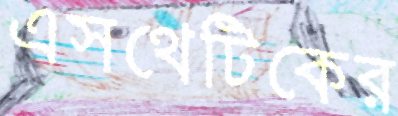
এসথেটিকের